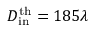
D _ { \mathrm { i n } } ^ { \mathrm { t h } } = 1 8 5 \lambda